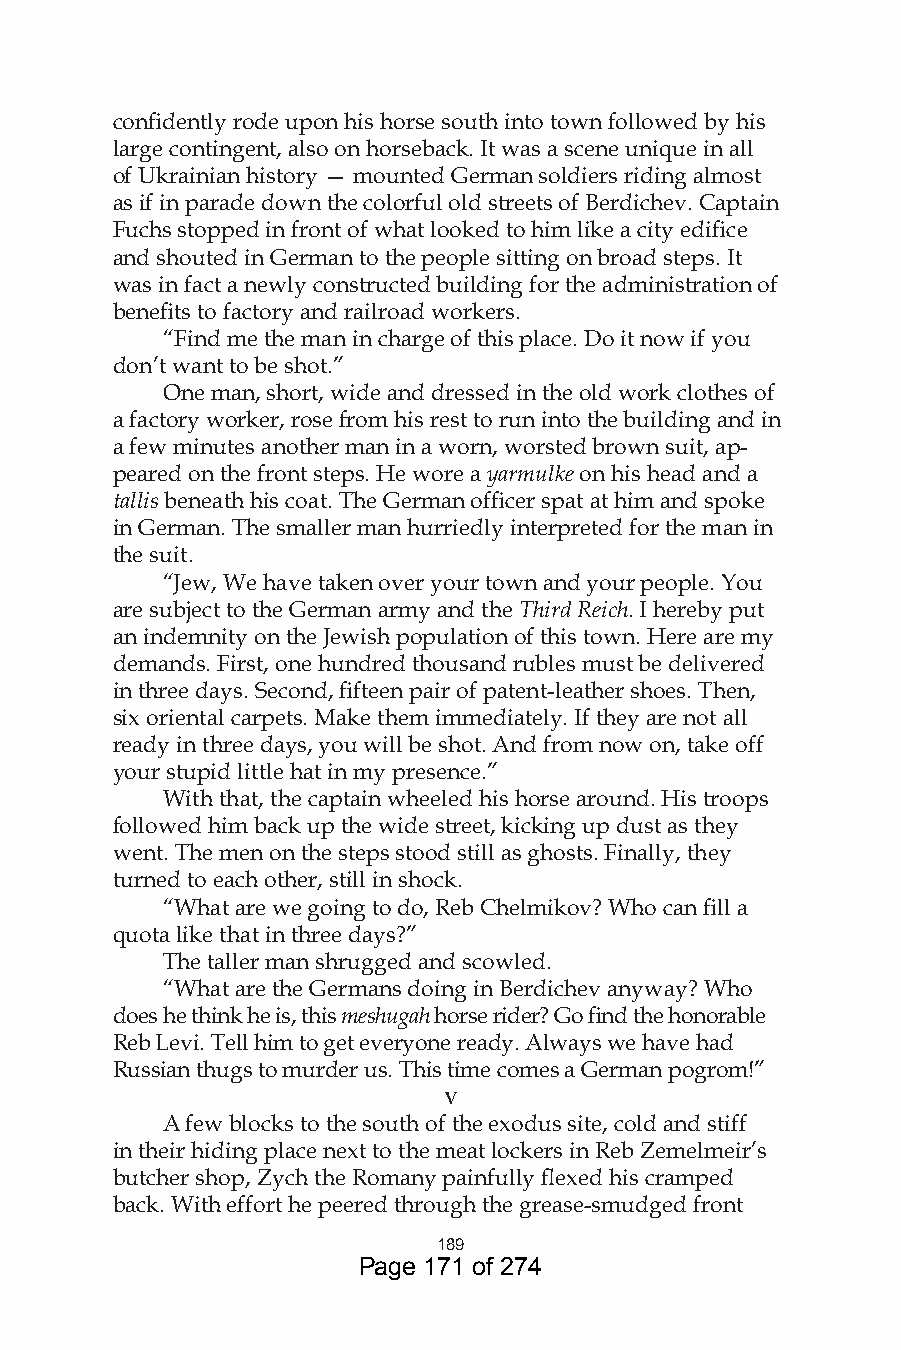
confidently rode upon his horse south into town followed by his
 large contingent, also on horseback. It was a scene unique in all
 of Ukrainian history — mounted German soldiers riding almost
 as if in parade down the colorful old streets of Berdichev. Captain
 Fuchs stopped in front of what looked to him like a city edifice
 and shouted in German to the people sitting on broad steps. It
 was in fact a newly constructed building for the administration of
 benefits to factory and railroad workers.
 “Find me the man in charge of this place. Do it now if you
 don’t want to be shot.”
 One man, short, wide and dressed in the old work clothes of
 a factory worker, rose from his rest to run into the building and in
 a few minutes another man in a worn, worsted brown suit, ap-
 peared on the front steps. He wore a yarmulke on his head and a
 tallis beneath his coat. The German officer spat at him and spoke
 in German. The smaller man hurriedly interpreted for the man in
 the suit.
 “Jew, We have taken over your town and your people. You
 are subject to the German army and the Third Reich. I hereby put
 an indemnity on the Jewish population of this town. Here are my
 demands. First, one hundred thousand rubles must be delivered
 in three days. Second, fifteen pair of patent-leather shoes. Then,
 six oriental carpets. Make them immediately. If they are not all
 ready in three days, you will be shot. And from now on, take off
 your stupid little hat in my presence.”
 With that, the captain wheeled his horse around. His troops
 followed him back up the wide street, kicking up dust as they
 went. The men on the steps stood still as ghosts. Finally, they
 turned to each other, still in shock.
 “What are we going to do, Reb Chelmikov? Who can fill a
 quota like that in three days?”
 The taller man shrugged and scowled.
 “What are the Germans doing in Berdichev anyway? Who
 does he think he is, this meshugah horse rider? Go find the honorable
 Reb Levi. Tell him to get everyone ready. Always we have had
 Russian thugs to murder us. This time comes a German pogrom!”
 v
 A few blocks to the south of the exodus site, cold and stiff
 in their hiding place next to the meat lockers in Reb Zemelmeir’s
 butcher shop, Zych the Romany painfully flexed his cramped
 back. With effort he peered through the grease-smudged front
 89
 Page 171 of 274